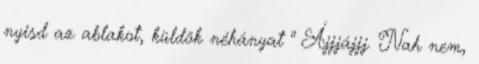
nyisd az ablakot, küldök néhányat " Ájjjájjj. Nah nem,